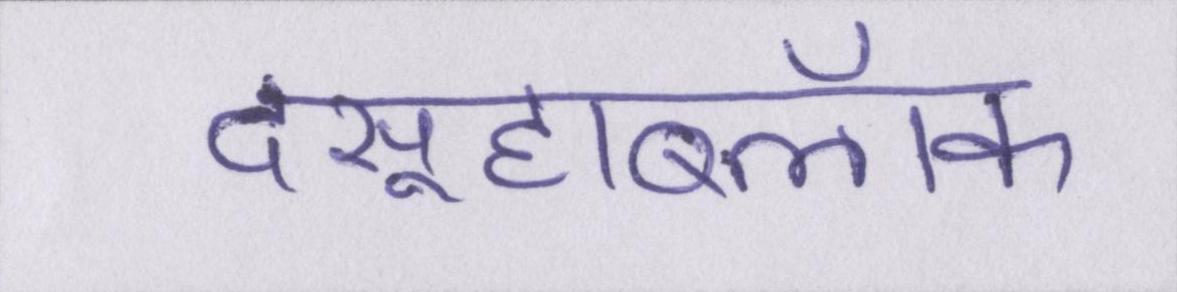
दसूहाब्लॉक